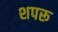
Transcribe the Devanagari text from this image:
शपरू